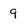
Character: 9